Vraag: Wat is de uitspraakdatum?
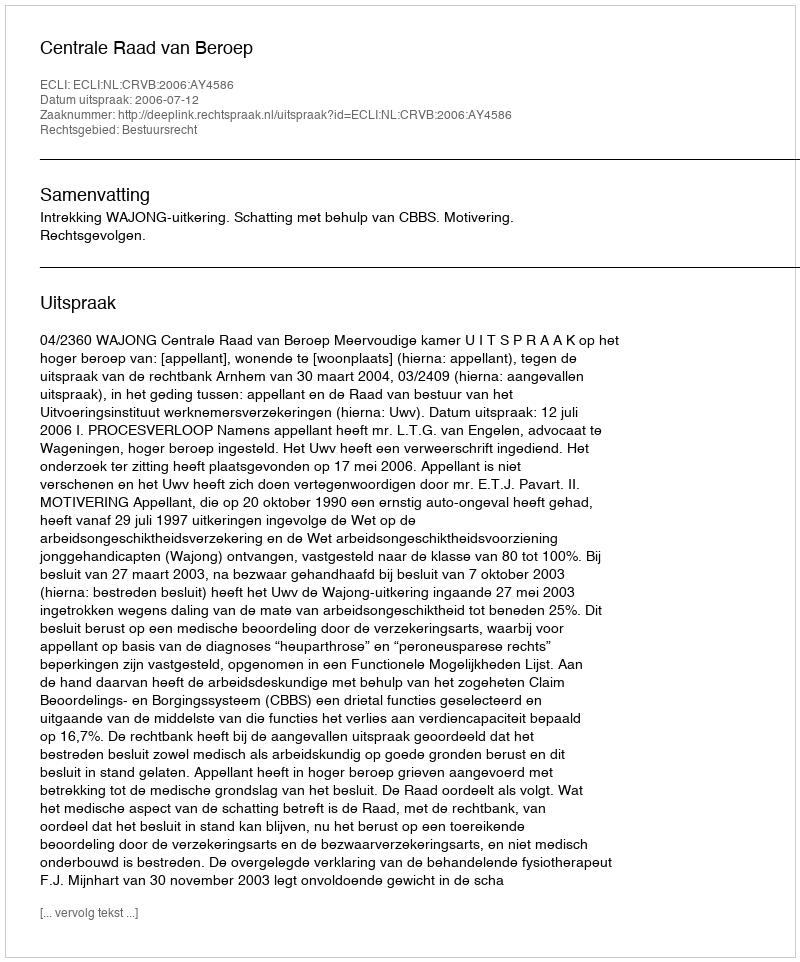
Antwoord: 2006-07-12